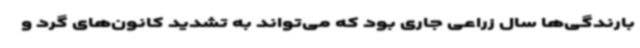
بارندگی‌ها سال زراعی جاری بود که می‌تواند به تشدید کانون‌های گرد و